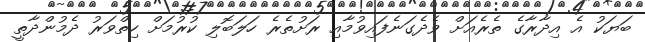
ބަޔަކު އެ އިދާރާގެ ތެރެއަށް ވެދެގަނެފައިވުމާއި ރަށުތެރެ ހަލަބޮލި ކުރުމަށް ހިތްވަރު ދެމުންދާތީ